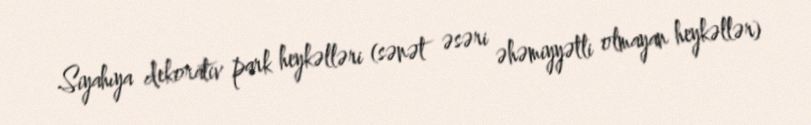
Siyahıya dekorativ park heykəlləri (sənət əsəri əhəmiyyətli olmayan heykəllər)